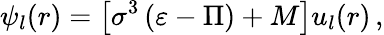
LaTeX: \psi_{l}(r)=\left[\sigma^{3}\left(\varepsilon-\Pi\right)+M\right]u_{l}(r)\, ,